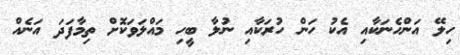
ހިލޭ އަންހެނަކާއި އެކު ހަން ހުރަކާއި ނުލާ ބީހި މައްލަވަކޮށް ތިމާފަދަ އަނެއް